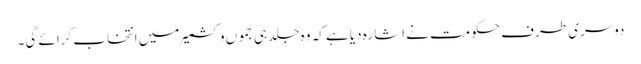
دوسری طرف حکومت نے اشارہ دیا ہے کہ وہ جلد ہی جمو ں وکشمیر میں انتخاب کرائے گی۔